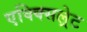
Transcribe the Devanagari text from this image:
एक्क्सिल्रेट